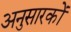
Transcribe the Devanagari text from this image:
अनुसारकों